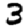
Digit: 3